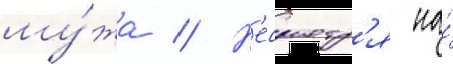
му́жа // Н'есмотр'я на́